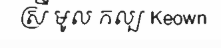
ស្រី មូល កល្ប Keown